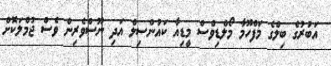
އަބުރުގެ ބިލްގެ މަފްހޫމާ މޯލްޑިވްސް މީޑިއާ ކައުންސިލް އަދި ނޫސްވެރިން ވެސް ޖުމްލަކޮށް